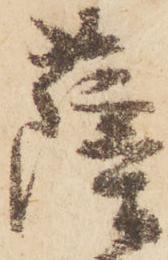
薩